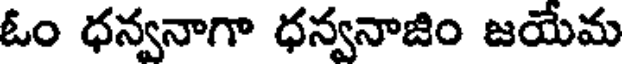
ఓం ధన్వనాగా ధన్వనాజిం జయేమ